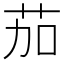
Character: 茄